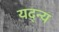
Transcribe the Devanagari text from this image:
यद्न्य